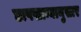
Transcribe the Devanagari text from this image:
छापखान्यानुसार